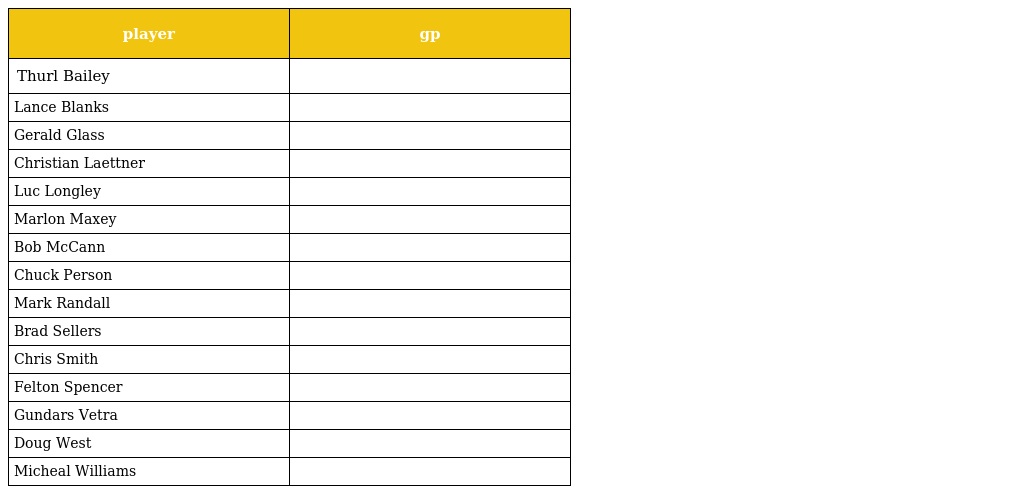
| player | gp |
 | --- | --- |
 | Thurl Bailey |  |
 | Lance Blanks |  |
 | Gerald Glass |  |
 | Christian Laettner |  |
 | Luc Longley |  |
 | Marlon Maxey |  |
 | Bob McCann |  |
 | Chuck Person |  |
 | Mark Randall |  |
 | Brad Sellers |  |
 | Chris Smith |  |
 | Felton Spencer |  |
 | Gundars Vetra |  |
 | Doug West |  |
 | Micheal Williams |  |